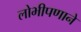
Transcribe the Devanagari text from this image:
लोभीपणाने